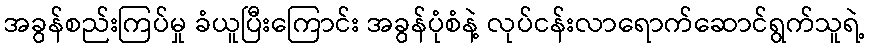
အခွန်စည်းကြပ်မှု ခံယူပြီးကြောင်း အခွန်ပုံစံနဲ့ လုပ်ငန်းလာရောက်ဆောင်ရွက်သူရဲ့